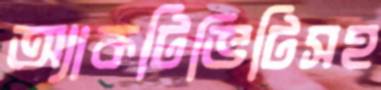
অ্যাকটিভিটিসহ